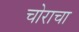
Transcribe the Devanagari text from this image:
चोराचा